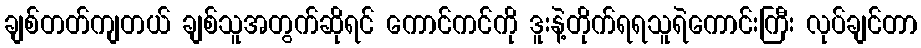
ချစ်တတ်ကျတယ် ချစ်သူအတွက်ဆိုရင် ကောင်ကင်ကို ဒူးနဲ့တိုက်ရရသူရဲကောင်းကြီး လုပ်ချင်တာ